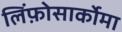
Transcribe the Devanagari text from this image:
लिंफ़ोसार्कोमा